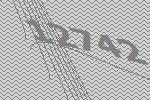
12742